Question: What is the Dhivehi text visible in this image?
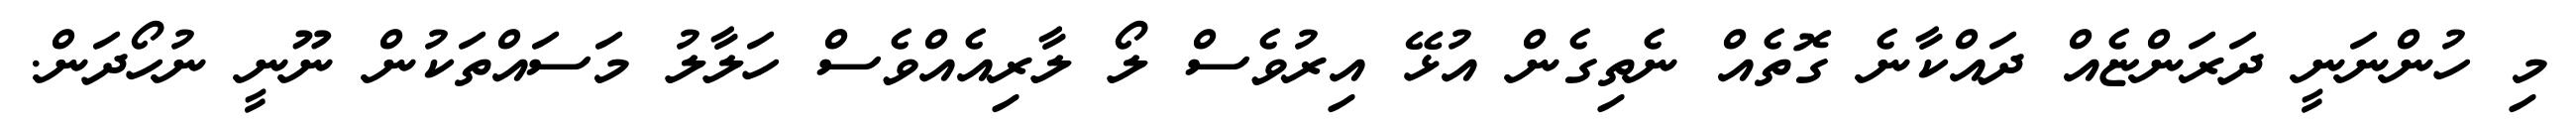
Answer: މި ހުންނަނީ ދަރަންޏެއް ދައްކާނެ ގޮތެއް ނެތިގެން އުޅޭ އިރުވެސް ލޯ ލާރިއެއްވެސް ހަލާލު މަސައްތަކުން ނޫނީ ނުހޯދަން.